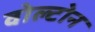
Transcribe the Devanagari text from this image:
वोल्टोन